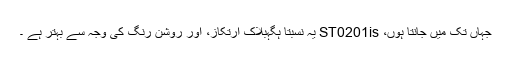
جہاں تک میں جانتا ہوں، ST0201is یہ نسبتاً ہگہبلاک ارتکاز، اور روشن رنگ کی وجہ سے بہتر ہے ۔